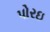
પોરઇ